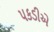
પકડીએ